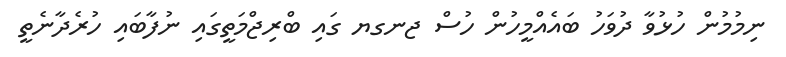
ނިމުމުން ހުޅުވާ ދުވަހު ބައެއްމީހުން ހުސް ޖނގޔ ގައި ބްރިޖްމަތީގައި ނުފާބައި ހުރެދާނެތީ